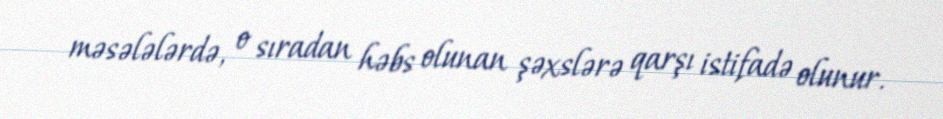
məsələlərdə, o sıradan həbs olunan şəxslərə qarşı istifadə olunur.